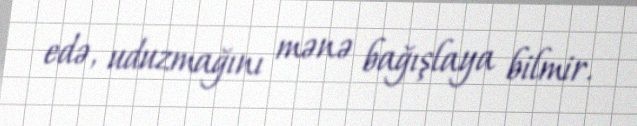
edə, uduzmağını mənə bağışlaya bilmir.